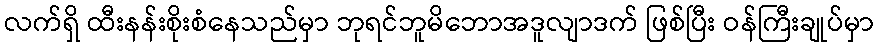
လက်ရှိ ထီးနန်းစိုးစံနေသည်မှာ ဘုရင်ဘူမိဘောအဒူလျာဒက် ဖြစ်ပြီး ဝန်ကြီးချုပ်မှာ